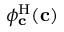
\phi _ { \mathbf { c } } ^ { \mathrm { H } } ( \mathbf { c } )